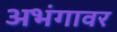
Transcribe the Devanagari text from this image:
अभंगावर